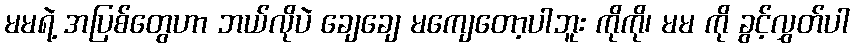
မမရဲ့ အပြစ်တွေဟာ ဘယ်လိုပဲ ချေချေ မကျေတော့ပါဘူး ကိုကို၊ မမ ကို ခွင့်လွှတ်ပါ